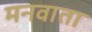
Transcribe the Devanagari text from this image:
मनवाता